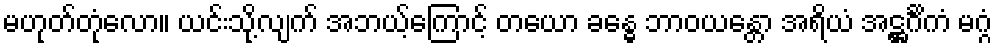
မဟုတ်တုံလော။ ယင်းသို့လျက် အဘယ့်ကြောင့် တယော ခန္ဓေ ဘာဝယန္တော အရိယံ အဋ္ဌင်္ဂိကံ မဂ္ဂံ